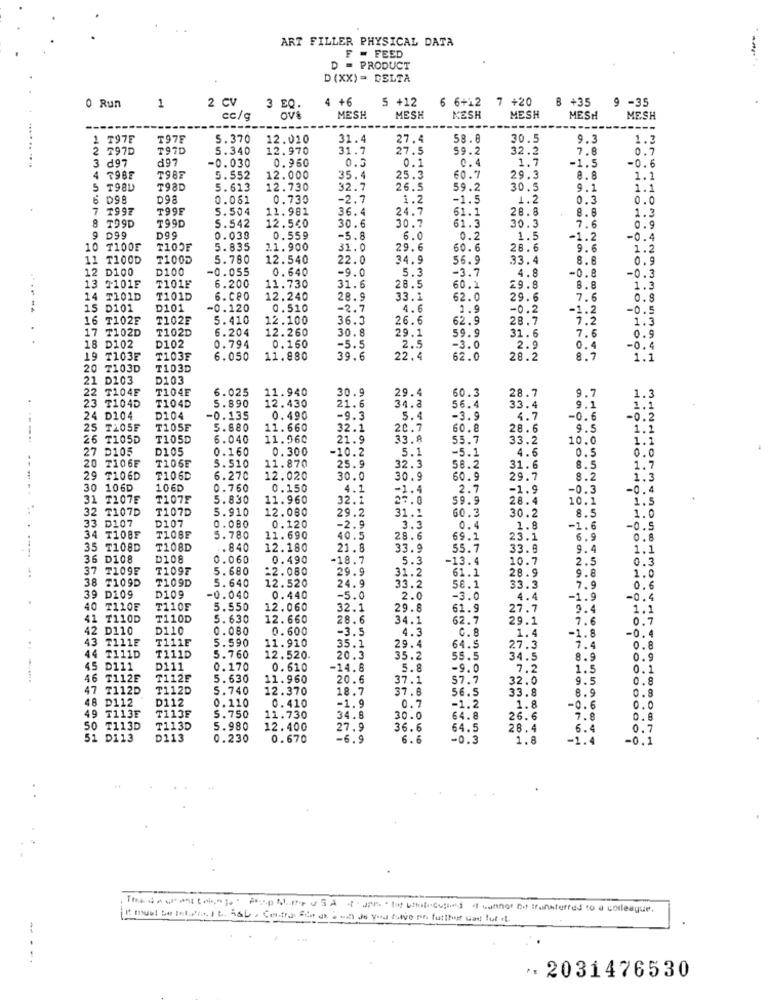
ART FILLER PHYSICAL DATA
F - FEED
D = PRODUCT
D (XX) = DELTA
0 Run
4 +6
5 +12
6 6+12
7 +20
B +35
1
2 CV
3 EQ
9 -35
cc/g
ove
MESH
MESH
KESH
MESH
MESH
MESH
--
1 797F
T97E
5.370
12.010
31.4
27.4
58.8
30.5
9.3
1.3
2 797D
T97D
5.340
12.970
31.7
27.5
59.2
32.2
7.8
0.7
197
-0.030
0.3
0.4
1."
d97
0.960
-1.5
-0.6
798E
T98E
5.552
12.000
35.4
25.3
60.7
29.3
8.8
1.1
5 T98L
T98D
5.613
12.730
32.7
26.5
59.2
30.5
9.1
1.1
6 D98
D98
0.061
0.730
-2.7
1.2
-1.5
1.2
0.3
0.0
7 7992
T99F
5.504
11.981
36.4
24.7
61.1
28.8
8.6
1.3
8
T99D
5.542
12.540
30.6
30.7
61.3
30.3
T99D
7.6
0.9
9 D99
D99
0.038
0.559
-5.8
6.0
0.2
1.5
-1.2
-0.4
10 7100E
T100F
5.835
2.1.900
31.0
29.6
60.6
28.6
9.6
1.2
11 T100D
T100D
5.780
12.540
22.0
34.9
56.9
33.4
8.6
0.9
12 D100
D100
-0.055
0.640
-9.0
5.3
-3.7
-0.8
-0
.3
4.8
13 T101F
T101F
6.200
11.730
31.6
28.5
60.1
29.8
8.8
1.3
14 T101D
T101D
6. ceo
12.240
28.9
33.1
62.0
29.6
7.6
0.9
15 D101
D101
-0.120
0.510
2.7
4.6
1.9
-0.2
-1.2
-0.5
16 T102F
T102E
5.410
12.100
36.3
26.6
62.9
28.7
7.2
1.3
17 7102D
T102D
6.204
12.260
30.8
29.1
59.9
31.6
7.6
.
-5.5
-3.0
O
18 D102
D102
0.794
0.150
2.5
2.9
0.4
-0.4
19 T103E
T103E
6.050
11.880
39.6
22.4
62.0
28.2
8.7
1.1
20
T103D
T103D
21 D103
D103
22
T104E
T104E
6.025
11.940
30.9
29.4
60.3
28.7
9.7
T104D
5.890
12.430
1.3
23 T104D
21.6
34.8
56.4
33.4
9.1
1.1
24 D104
D104
-0.135
0.490
-9.3
5.4
-3.9
4.7
-0.6
-0.2
25 T105E
T105E
5.880
11. 660
32.1
20.7
60.8
28.6
9.5
1.1
----.
26 T105D
T105D
6.040
11.960
21.9
33.8
55.7
33.2
10.0
1.2
27 D105
D105
0.160
0.300
-10.2
5.1
-5.1
4.6
0.5
0.0
T106E
11.870
0 7106E
5.510
25.9
32.3
58.2
31.6
8.5
1.7
29 T106D
T106D
6.270
12.020
30.0
30.9
60.9
29.7
8.2
1.3
30 106D
106D
0.760
0.150
4.1
-1.4
2.7
-1.9
-0.3
-0.4
31 T107E
T107F
5.830
11.960
32.1
27.0
59.9
28.4
10.1
1.5
32 T107D
T107D
5.910
12.080
29.2
31.1
60.3
30.2
8.5
1.0
33 D107
D107
0.080
0.120
-2.9
3.3
0.4
1.8
-1.6
-0.5
34 T108F
T108F
5.780
11.690
40.5
28.6
69.1
23.1
6.9
----
35 T108D
T108D
. 840
12.180
21.8
33.9
55.7
33.9
9.4
1.1
36 D108
D108
0.060
0.490
-18.7
5.3
-13.4
10.7
2.5
0.3
37 T109E
₸1097
5.680
22.080
29.9
31.2
61.1
28.9
9.8
38 7109D
T109D
5.640
12.520
1.0
24.9
33.2
58.1
33.3
7.9
0.6
39 D109
D109
-0.040
0.440
-5.0
2.0
-3.0
4.4
-1.9
-0.4
40 T110E
T110E
5.550
12.060
32.1
29.8
61.9
27.7
9.4
1.1
41 7110D
T110D
5. 630
12. 660
28.6
34.1
62.7
29.1
0.7
42 D110
D110
0.080
0.600
-3.5
4.3
C.8
-1.8
0
43 T111E
T111E
5.590
1.4
11.910
35.1
29.4
64.5
27.3
1.4
0
44 T111D
T111D
5.760
12.520
20.3
35.2
55.5
34.5
8.9
45 D111
D111
0.170
0.610
-14.8
5.8
-9.0
7.2
1.
0.1
........
46 T112E
₸112F
5.630
11.960
20.6
37.1
57.7
32.0
9.5
47
T112D
T112D
5.740
12.370
18.7
37.8
56.5
33.8
8.9
0.8
48 D112
D112
0.110
-1.9
0.7
T113E
T113F
5.750
0.410
34.8
-1.2
1.8
0.6
0.0
49
11.730
30.0
64.8
26.6
7.8
0.8
50 T113D
T113D
5.980
12.400
27.9
36.6
64.5
28.4
6.
0.7
51 D113
D113
0.230
0. 670
-6.9
6.6
-0.3
1.8
-1.4
0.1
-....
. 2031476530